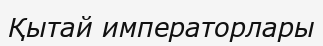
Қытай императорлары